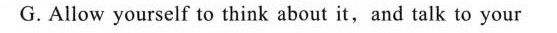
G.Allow yourself to think about it,and talk to your